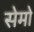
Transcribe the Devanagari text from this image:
सेमो